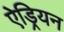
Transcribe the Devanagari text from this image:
ऐड्रियन